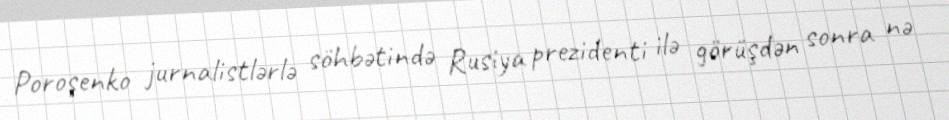
Poroşenko jurnalistlərlə söhbətində Rusiya prezidenti ilə görüşdən sonra nə